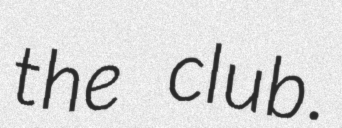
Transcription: the club.